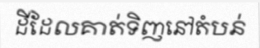
ដីដែលគាត់ទិញនៅតំបន់